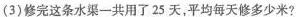
(3)修完这条水渠一共用了25天，平均每天修多少米?